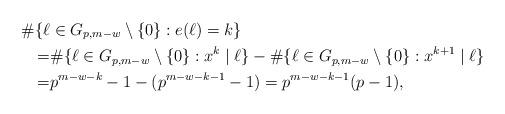
LaTeX: \begin{align*} \#\{\ell &\in G_{p,m-w}\setminus \{0\}: e(\ell)=k\} \\ =&\#\{\ell\in G_{p,m-w}\setminus \{0\}:x^k \mid \ell\}-\#\{ \ell\in G_{p,m-w}\setminus \{0\}:x^{k+1} \mid \ell\} \\ =& p^{m-w-k}-1-(p^{m-w-k-1}-1)=p^{m-w-k-1}(p-1),\end{align*}